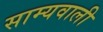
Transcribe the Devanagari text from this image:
साम्यवाली